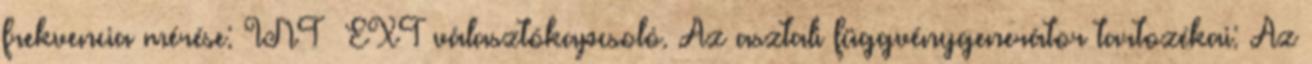
frekvencia mérése: INT EXT választókapcsoló. Az asztali függvénygenerátor tartozékai: Az